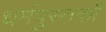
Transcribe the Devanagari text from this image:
धर्मपुस्तकों